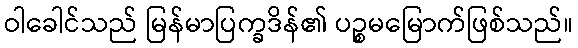
ဝါခေါင်သည် မြန်မာပြက္ခဒိန်၏ ပဉ္စမမြောက်ဖြစ်သည်။